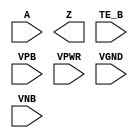
/**
 * Copyright 2020 The SkyWater PDK Authors
 *
 * Licensed under the Apache License, Version 2.0 (the "License");
 * you may not use this file except in compliance with the License.
 * You may obtain a copy of the License at
 *
 *     https://www.apache.org/licenses/LICENSE-2.0
 *
 * Unless required by applicable law or agreed to in writing, software
 * distributed under the License is distributed on an "AS IS" BASIS,
 * WITHOUT WARRANTIES OR CONDITIONS OF ANY KIND, either express or implied.
 * See the License for the specific language governing permissions and
 * limitations under the License.
 *
 * SPDX-License-Identifier: Apache-2.0
 */

`ifndef SKY130_FD_SC_LP__BUSDRIVERNOVLP_PP_SYMBOL_V
`define SKY130_FD_SC_LP__BUSDRIVERNOVLP_PP_SYMBOL_V

/**
 * busdrivernovlp: Bus driver, enable gates pulldown only (pmoshvt
 *                 devices).
 *
 * Verilog stub (with power pins) for graphical symbol definition
 * generation.
 *
 * WARNING: This file is autogenerated, do not modify directly!
 */

`timescale 1ns / 1ps
`default_nettype none

(* blackbox *)
module sky130_fd_sc_lp__busdrivernovlp (
    //# {{data|Data Signals}}
    input  A   ,
    output Z   ,

    //# {{control|Control Signals}}
    input  TE_B,

    //# {{power|Power}}
    input  VPB ,
    input  VPWR,
    input  VGND,
    input  VNB
);
endmodule

`default_nettype wire
`endif  // SKY130_FD_SC_LP__BUSDRIVERNOVLP_PP_SYMBOL_V